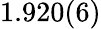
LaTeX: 1.920(6)